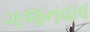
ગજનવાવ